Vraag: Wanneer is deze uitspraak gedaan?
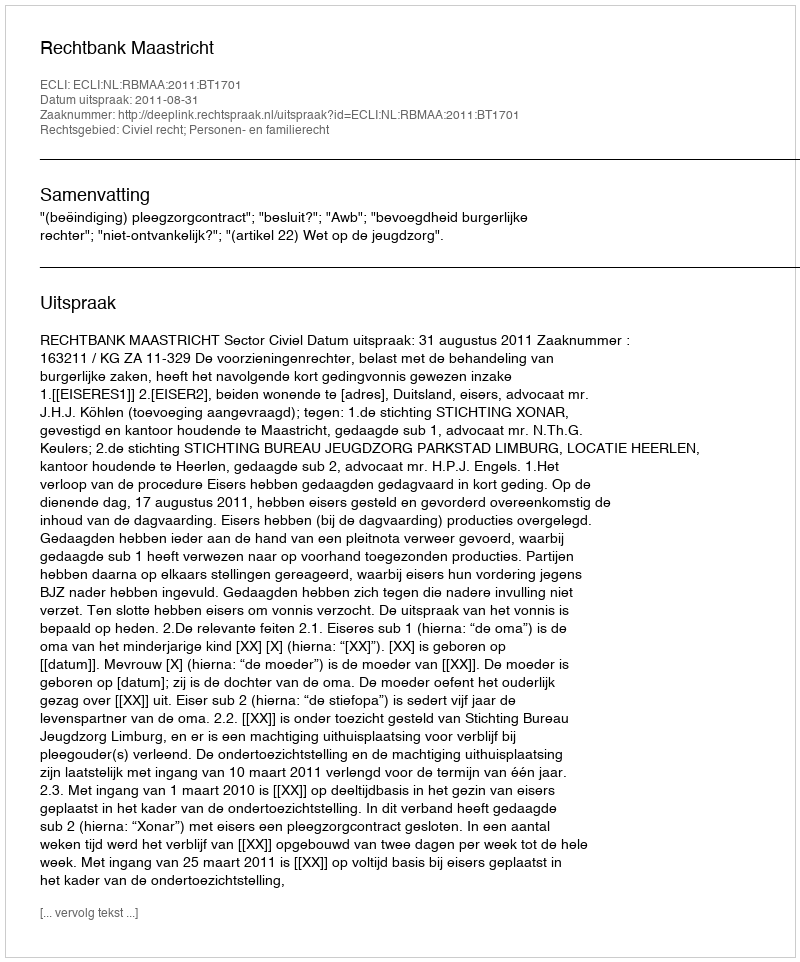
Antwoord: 2011-08-31